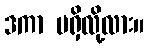
ဒကာ မရှိလို့လား။